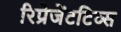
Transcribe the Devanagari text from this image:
रिप्रेजेंटटिव्स